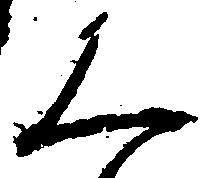
く